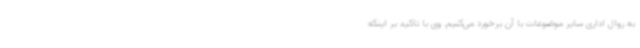
به روال اداری سایر موضوعات با آن برخورد می‌کنیم. وی با تاکید بر اینکه